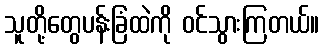
သူတို့တွေပန်းခြံထဲကို ဝင်သွားကြတယ်။